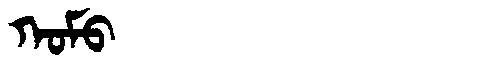
Manchu: ᡴᠣᠮᠣ
Romanization: KOMO